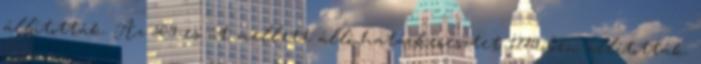
állították. Az 509-es út mellett álló határkeresztet 1779-ben állították.